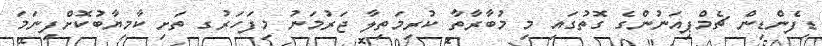
ޑިފެންޑިން ޗެމްޕިއަނުންގެ ގޮތުގައި މި މުބާރާތާ ކުރިމަތިލާ ޖަރުމަނު މިފަހަރުގ ތަށި ކާމިޔާބުކޮށްފިނަމަ